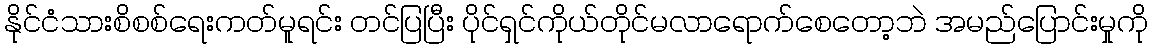
နိုင်ငံသားစိစစ်ရေးကတ်မူရင်း တင်ပြပြီး ပိုင်ရှင်ကိုယ်တိုင်မလာရောက်စေတော့ဘဲ အမည်ပြောင်းမှုကို